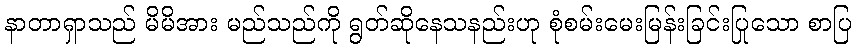
နာတာရှာသည် မိမိအား မည်သည်ကို ရွတ်ဆိုနေသနည်းဟု စုံစမ်းမေးမြန်းခြင်းပြုသော စာပြ